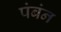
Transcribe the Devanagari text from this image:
पंबंन